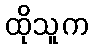
ထိုသူက